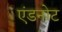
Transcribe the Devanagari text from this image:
एंडनोट